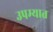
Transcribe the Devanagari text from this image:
उपम्यात